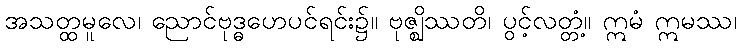
အသတ္ထမူလေ၊ ညောင်ဗုဒ္ဓဟေပင်ရင်း၌။ ဗုဇ္ဈိဿတိ၊ ပွင့်လတ္တံ့။ ဣမံ ဣမဿ၊